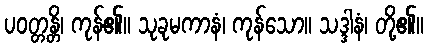
ပဝတ္တန္တိ၊ ကုန်၏။ သုခုမကာနံ၊ ကုန်သော။ သဒ္ဒါနံ၊ တို့၏။